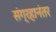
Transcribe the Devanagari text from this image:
संग्रहानंतर